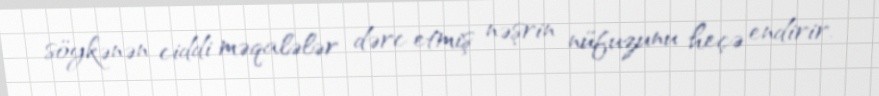
söykənən ciddi məqalələr dərc etmiş nəşrin nüfuzunu heçə endirir.